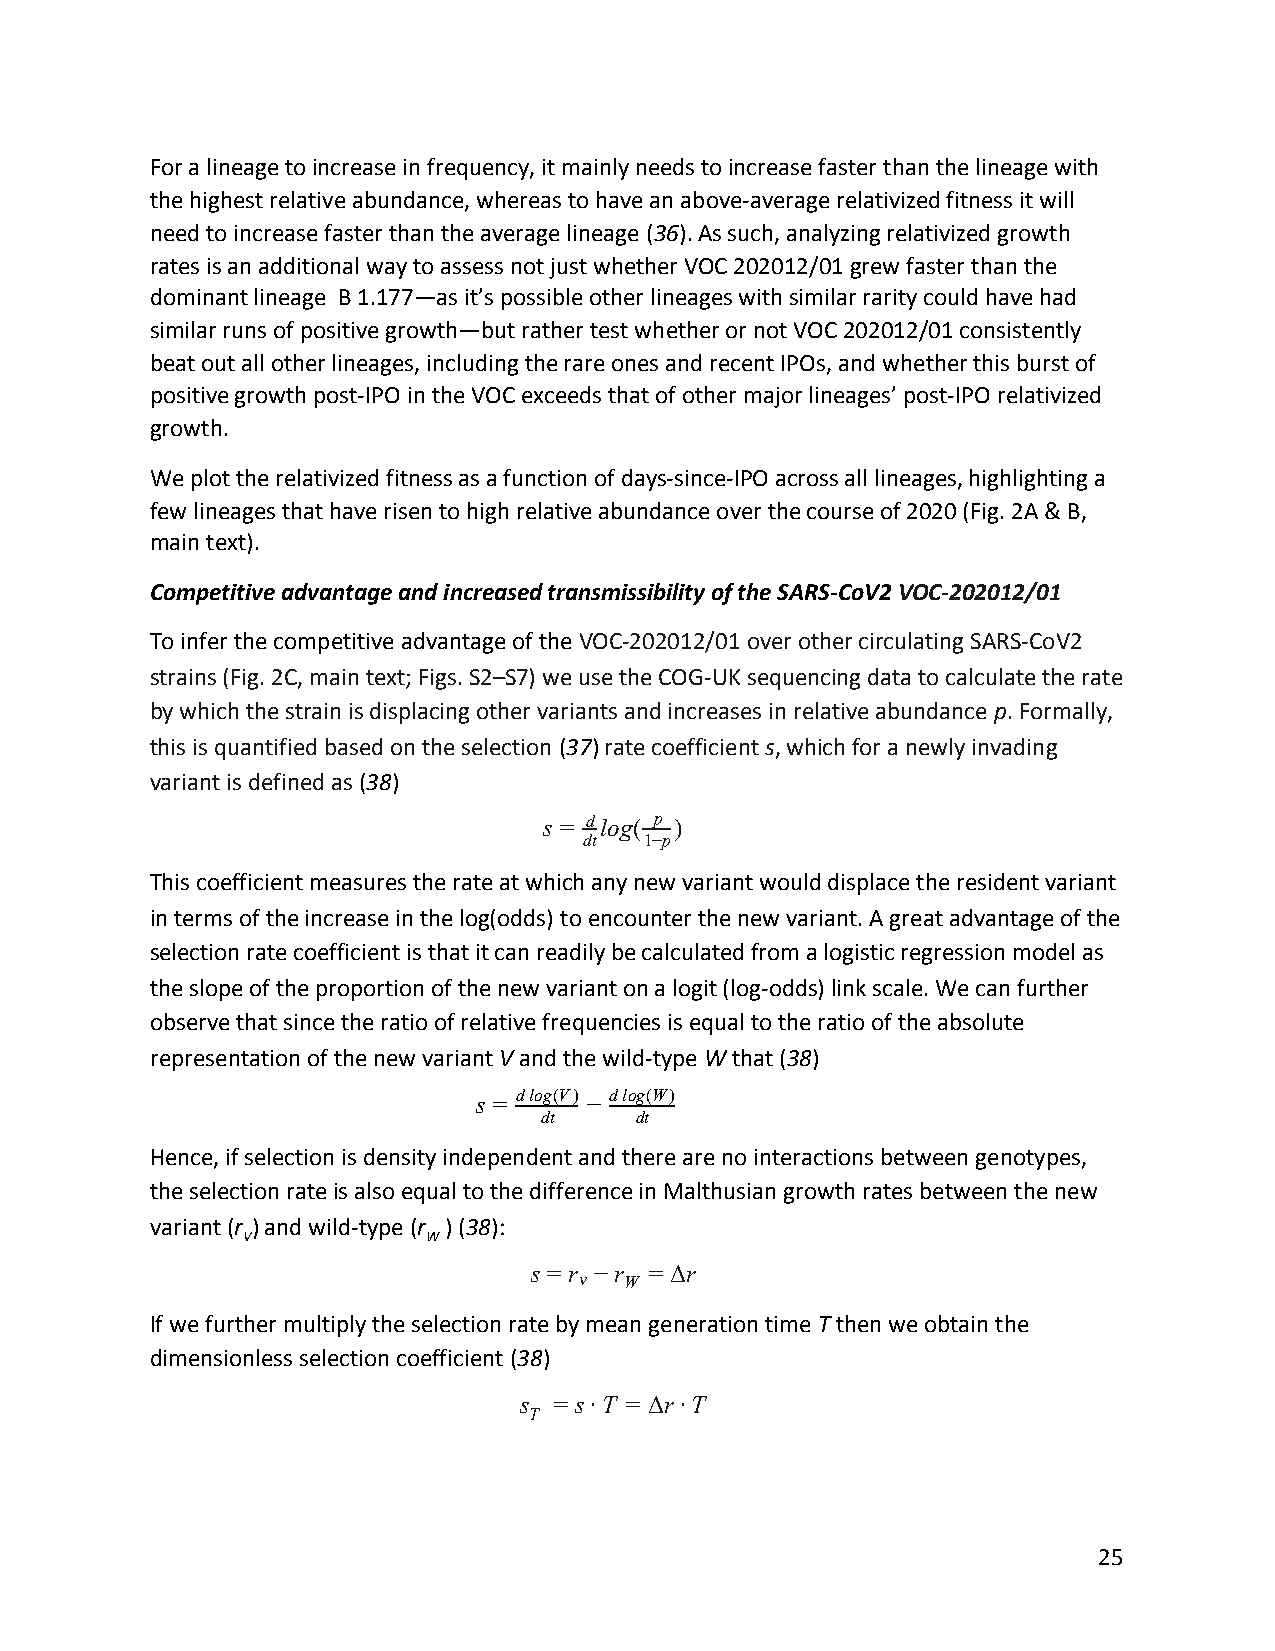
For a lineage to increase in frequency, it mainly needs to increase faster than the lineage with
 the highest relative abundance, whereas to have an above-average relativized fitness it will
 need to increase faster than the average lineage (36). As such, analyzing relativized growth
 ​ ​ ​ ​
 rates is an additional way to assess not just whether VOC 202012/01 grew faster than the
 dominant lineage B 1.177—as it’s possible other lineages with similar rarity could have had
 similar runs of positive growth—but rather test whether or not VOC 202012/01 consistently
 beat out all other lineages, including the rare ones and recent IPOs, and whether this burst of
 positive growth post-IPO in the VOC exceeds that of other major lineages’ post-IPO relativized
 growth.
 We plot the relativized fitness as a function of days-since-IPO across all lineages, highlighting a
 few lineages that have risen to high relative abundance over the course of 2020 (Fig. 2A & B,
 main text).
 Competitive advantage and increased transmissibility of the SARS-CoV2 VOC-202012/01
 ​
 To infer the competitive advantage of the VOC-202012/01 over other circulating SARS-CoV2
 ​
 strains (Fig. 2C, main text; Figs. S2–S7) we use the COG-UK sequencing data to calculate the rate
 by which the strain is displacing other variants and increases in relative abundance p. Formally,
 ​ ​
 this is quantified based on the selection (37) rate coefficient s, which for a newly invading
 ​ ​ ​ ​       ​​
 variant is defined as (38)
 ​ ​ ​
 s = dlog( p )
 dt  1−p
 This coefficient measures the rate at which any new variant would displace the resident variant
 in terms of the increase in the log(odds) to encounter the new variant. A great advantage of the
 selection rate coefficient is that it can readily be calculated from a logistic regression model as
 the slope of the proportion of the new variant on a logit (log-odds) link scale. We can further
 observe that since the ratio of relative frequencies is equal to the ratio of the absolute
 representation of the new variant V and the wild-type W that (38)
 ​ ​           ​ ​ ​​ ​ ​
 d log(V) d log(W)
 s =    −
 dt    dt
 Hence, if selection is density independent and there are no interactions between genotypes,
 the selection rate is also equal to the difference in Malthusian growth rates between the new
 variant (r ) and wild-type (r ) (38):
 ​​V         ​​W​ ​ ​ ​ ​
 ​            ​
 s = r −r = Δr
 v  W
 If we further multiply the selection rate by mean generation time T then we obtain the
 ​ ​
 dimensionless selection coefficient (38)
 ​​ ​ ​
 s  = s·T = Δr·T
 T
 25